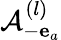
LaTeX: \mathcal{A}_{-{\mathbf e}_{a}}^{(l)}